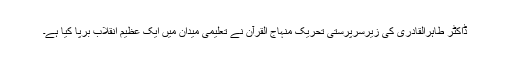
ڈاکٹر طاہرالقادری کی زیرسرپرستی تحریک منہاج القرآن نے تعلیمی میدان میں ایک عظیم انقلاب برپا کیا ہے۔